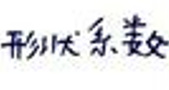
形状系数